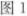
图Ⅰ